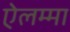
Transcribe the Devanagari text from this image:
ऐलम्मा